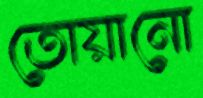
তোয়ানো